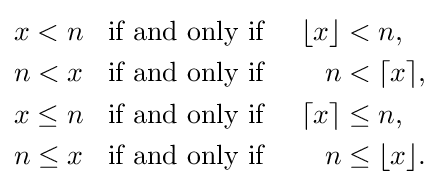
{\begin{aligned}x<n&\;\;{\mbox{ if and only if }}&\lfloor x\rfloor &<n,\\n<x&\;\;{\mbox{ if and only if }}&n&<\lceil x\rceil ,\\x\leq n&\;\;{\mbox{ if and only if }}&\lceil x\rceil &\leq n,\\n\leq x&\;\;{\mbox{ if and only if }}&n&\leq \lfloor x\rfloor .\end{aligned}}